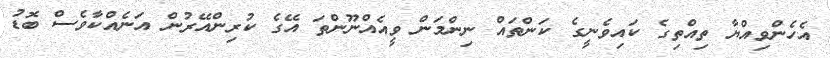
އެހެންވިއްޔާ ތިއްތިގެ ކައިވެނީގެ ކަންތައް ނިންމަން ވީއެއްނޫންތަ އޭގެ ކުރިންއޭރުން އަނެއްކާވެސް ބޮޑު